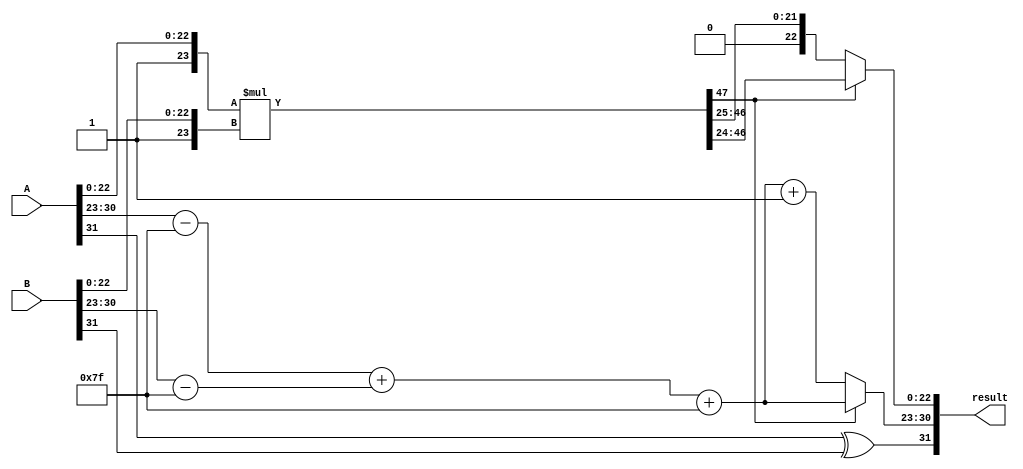
module radix4_floating_point_multiplier (
    input [31:0] A,  // First floating-point number
    input [31:0] B,  // Second floating-point number
    output reg [31:0] result // Resulting floating-point number
);

    // Extract sign, exponent, and mantissa from inputs
    wire sign_A = A[31];
    wire sign_B = B[31];
    wire [7:0] exp_A = A[30:23];
    wire [7:0] exp_B = B[30:23];
    wire [22:0] mant_A = A[22:0];
    wire [22:0] mant_B = B[22:0];

    // Normalize mantissa and adjust exponent
    wire [23:0] norm_mant_A = {1'b1, mant_A}; // Implicit leading 1
    wire [23:0] norm_mant_B = {1'b1, mant_B}; // Implicit leading 1
    wire [7:0] exp_A_adjusted = exp_A - 8'd127;
    wire [7:0] exp_B_adjusted = exp_B - 8'd127;

    // Result sign
    wire result_sign = sign_A ^ sign_B;

    // Exponent calculation
    wire [8:0] exp_sum = exp_A_adjusted + exp_B_adjusted + 8'd127; // Add bias back

    // Mantissa multiplication using Radix-4 Booth's algorithm
    // This is a simplified representation; actual implementation needs Booth encoding
    wire [47:0] mant_product = norm_mant_A * norm_mant_B; // 24 * 24 = 48 bits

    // Result mantissa and normalization
    reg [23:0] result_mantissa;
    reg [7:0] result_exponent;

    always @(*) begin
        // Check for normalization
        if (mant_product[47]) begin
            // If leading bit is 1, no normalization needed
            result_mantissa = mant_product[46:24]; // Keep 23 bits
            result_exponent = exp_sum[7:0]; // Use calculated exponent
        end else begin
            // Normalize the result
            result_mantissa = mant_product[46:24] >> 1; // Shift right
            result_exponent = exp_sum + 1; // Increment exponent
        end

        // Construct the final result
        result = {result_sign, result_exponent, result_mantissa[22:0]};
    end

endmodule